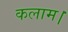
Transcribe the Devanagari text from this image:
कलाम।